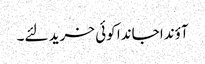
آؤندا جاندا کوئی خرید لئے۔